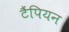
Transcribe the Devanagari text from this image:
टैंपियन